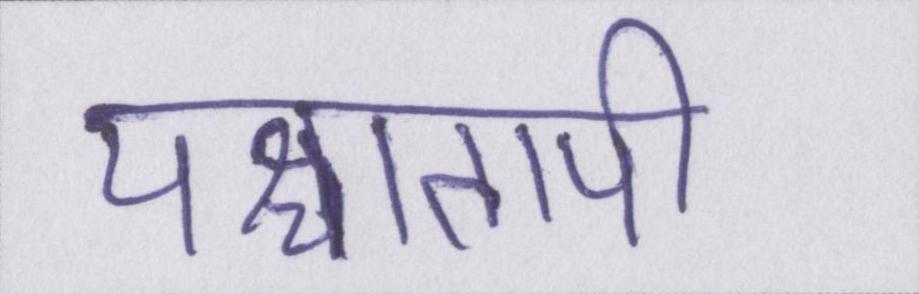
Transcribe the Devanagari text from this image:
पश्चातापी